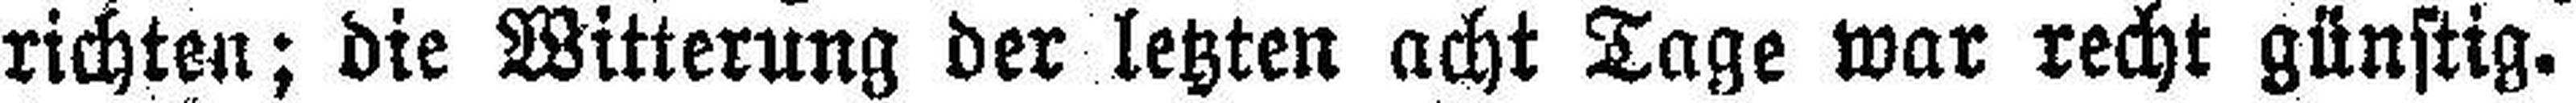
richten; die Witterung der letzten acht Tage war recht günstig.